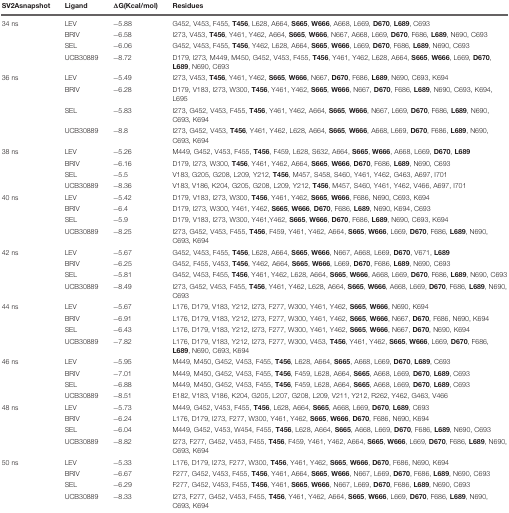
<table><thead><tr><td><b>SV2Asnapshot</b></td><td><b>Ligand</b></td><td><b>ΔG(Kcal/mol)</b></td><td><b>Residues</b></td></tr></thead><tbody><tr><td>34 ns</td><td>LEV</td><td>-5.88</td><td>G452, V453, F455, <b>T456</b>, L628, A664, <b>S665</b>, <b>W666</b>, A668, L669, <b>D670</b>, <b>L689</b>, C693</td></tr><tr><td></td><td>BRIV</td><td>-6.58</td><td>I273, V453, <b>T456</b>, Y461, Y462, A664, <b>S665</b>, <b>W666</b>, N667, A668, L669, <b>D670</b>, F686, <b>L689</b>, N690, C693</td></tr><tr><td></td><td>SEL</td><td>-6.06</td><td>G452, V453, F455, <b>T456</b>, Y462, L628, A664, <b>S665</b>, <b>W666</b>, L669, <b>D670</b>, F686, <b>L689</b>, N690, C693</td></tr><tr><td></td><td>UCB30889</td><td>-8.72</td><td>D179, I273, M449, M450, G452, V453, F455, <b>T456</b>, Y461, Y462, L628, A664, <b>S665</b>, <b>W666</b>, L669, <b>D670</b>, <b>L689</b>, N690, C693</td></tr><tr><td>36 ns</td><td>LEV</td><td>-5.49</td><td>I273, V453, <b>T456</b>, Y461, Y462, <b>S665</b>, <b>W666</b>, N667, <b>D670</b>, F686, <b>L689</b>, N690, C693, K694</td></tr><tr><td></td><td>BRIV</td><td>-6.28</td><td>D179, V183, I273, W300, <b>T456</b>, Y461, Y462, <b>S665</b>, <b>W666</b>, N667, <b>D670</b>, F686, <b>L689</b>, N690, C693, K694, L695</td></tr><tr><td></td><td>SEL</td><td>-5.83</td><td>I273, G452, V453, F455, <b>T456</b>, Y461, Y462, A664, <b>S665</b>, <b>W666</b>, N667, L669, <b>D670</b>, F686, <b>L689</b>, N690, C693, K694</td></tr><tr><td></td><td>UCB30889</td><td>-8.8</td><td>I273, G452, V453, <b>T456</b>, Y461, Y462, L628, A664, <b>S665</b>, <b>W666</b>, A668, L669, <b>D670</b>, F686, <b>L689</b>, N690, C693, K694</td></tr><tr><td>38 ns</td><td>LEV</td><td>-5.26</td><td>M449, G452, V453, F455, <b>T456</b>, F459, L628, S632, A664, <b>S665</b>, <b>W666</b>, A668, L669, <b>D670</b>, <b>L689</b></td></tr><tr><td></td><td>BRIV</td><td>-6.16</td><td>D179, I273, W300, <b>T456</b>, Y461, Y462, A664, <b>S665</b>, <b>W666</b>, <b>D670</b>, F686, <b>L689</b>, N690, C693</td></tr><tr><td></td><td>SEL</td><td>-5.5</td><td>V183, G205, G208, L209, Y212, <b>T456</b>, M457, S458, S460, Y461, Y462, G463, A697, I701</td></tr><tr><td></td><td>UCB30889</td><td>-8.36</td><td>V183, V186, K204, G205, G208, L209, Y212, <b>T456</b>, M457, S460, Y461, Y462, V466, A697, I701</td></tr><tr><td>40 ns</td><td>LEV</td><td>-5.42</td><td>D179, V183, I273, W300, <b>T456</b>, Y461, Y462, <b>S665</b>, <b>W666</b>, F686, N690, C693, K694</td></tr><tr><td></td><td>BRIV</td><td>-6.4</td><td>D179, I273, W300, Y461, Y462, <b>S665</b>, <b>W666</b>, <b>D670</b>, F686, <b>L689</b>, N690, K694, C693</td></tr><tr><td></td><td>SEL</td><td>-5.9</td><td>D179, V183, I273, W300, Y461,Y462, <b>S665</b>, <b>W666</b>, <b>D670</b>, F686, <b>L689</b>, N690, C693, K694</td></tr><tr><td></td><td>UCB30889</td><td>-8.25</td><td>I273, G452, V453, F455, <b>T456</b>, F459, Y461, Y462, A664, <b>S665</b>, <b>W666</b>, L669, <b>D670</b>, F686, <b>L689</b>, N690, C693, K694</td></tr><tr><td>42 ns</td><td>LEV</td><td>-5.67</td><td>G452, V453, F455, <b>T456</b>, L628, A664, <b>S665</b>, <b>W666</b>, N667, A668, L669, <b>D670</b>, V671, <b>L689</b></td></tr><tr><td></td><td>BRIV</td><td>-6.25</td><td>G452, F455, V453, <b>T456</b>, Y462, A664, <b>S665</b>, <b>W666</b>, L669, <b>D670</b>, F686, <b>L689</b>, N690, C693</td></tr><tr><td></td><td>SEL</td><td>-5.81</td><td>G452, V453, F455, <b>T456</b>, Y461, Y462, L628, A664, <b>S665</b>, <b>W666</b>, A668, L669, <b>D670</b>, F686, <b>L689</b>, N690, C693</td></tr><tr><td></td><td>UCB30889</td><td>-8.49</td><td>I273, G452, V453, F455, <b>T456</b>, Y461, Y462, L628, A664, <b>S665</b>, <b>W666</b>, A668, L669, <b>D670</b>, F686, <b>L689</b>, N690, C693</td></tr><tr><td>44 ns</td><td>LEV</td><td>-5.67</td><td>L176, D179, V183, Y212, I273, F277, W300, Y461, Y462, <b>S665</b>, <b>W666</b>, N690, K694</td></tr><tr><td></td><td>BRIV</td><td>-6.91</td><td>L176, D179, V183, Y212, I273, F277, W300, Y461, Y462, <b>S665</b>, <b>W666</b>, N667, <b>D670</b>, F686, N690, K694</td></tr><tr><td></td><td>SEL</td><td>-6.43</td><td>L176, D179, V183, Y212, I273, F277, W300, Y461, Y462, <b>S665</b>, <b>W666</b>, N667, <b>D670</b>, N690, K694</td></tr><tr><td></td><td>UCB30889</td><td>-7.82</td><td>L176, D179, V183, Y212, I273, F277, W300, V453, <b>T456</b>, Y461, Y462, <b>S665</b>, <b>W666</b>, L669, <b>D670</b>, F686, <b>L689</b>, N690, C693, K694</td></tr><tr><td>46 ns</td><td>LEV</td><td>-5.95</td><td>M449, M450, G452, V453, F455, <b>T456</b>, L628, A664, <b>S665</b>, A668, L669, <b>D670</b>, <b>L689</b>, C693</td></tr><tr><td></td><td>BRIV</td><td>-7.01</td><td>M449, M450, G452, V453, F455, <b>T456</b>, F459, L628, A664, <b>S665</b>, A668, L669, <b>D670</b>, <b>L689</b>, C693</td></tr><tr><td></td><td>SEL</td><td>-6.88</td><td>M449, M450, G452, V453, F455, <b>T456</b>, F459, L628, A664, <b>S665</b>, A668, L669, <b>D670</b>, <b>L689</b>, C693</td></tr><tr><td></td><td>UCB30889</td><td>-8.51</td><td>E182, V183, V186, K204, G205, L207, G208, L209, V211, Y212, R262, Y462, G463, V466</td></tr><tr><td>48 ns</td><td>LEV</td><td>-5.73</td><td>M449, G452, V453, F455, <b>T456</b>, L628, A664, <b>S665</b>, A668, L669, <b>D670</b>, <b>L689</b>, C693</td></tr><tr><td></td><td>BRIV</td><td>-6.24</td><td>L176, D179, I273, F277, W300, Y461, Y462, <b>S665</b>, <b>W666</b>, <b>D670</b>, F686, N690, K694</td></tr><tr><td></td><td>SEL</td><td>-6.04</td><td>M449, G452, V453, W454, F455, <b>T456</b>, L628, A664, <b>S665</b>, A668, L669, <b>D670</b>, F686, <b>L689</b>, N690, C693</td></tr><tr><td></td><td>UCB30889</td><td>-8.82</td><td>I273, F277, G452, V453, F455, <b>T456</b>, F459, Y461, Y462, A664, <b>S665</b>, <b>W666</b>, L669, <b>D670</b>, F686, <b>L689</b>, N690, C693, K694</td></tr><tr><td>50 ns</td><td>LEV</td><td>-5.33</td><td>L176, D179, I273, F277, W300, <b>T456</b>, Y461, Y462, <b>S665</b>, <b>W666</b>, <b>D670</b>, F686, N690, K694</td></tr><tr><td></td><td>BRIV</td><td>-6.67</td><td>F277, G452, V453, F455, <b>T456</b>, Y461, A664, <b>S665</b>, <b>W666</b>, N667, L669, <b>D670</b>, F686, <b>L689</b>, N690, C693</td></tr><tr><td></td><td>SEL</td><td>-6.29</td><td>F277, G452, V453, F455, <b>T456</b>, Y461, <b>S665</b>, <b>W666</b>, N667, L669, <b>D670</b>, F686, <b>L689</b>, N690, C693</td></tr><tr><td></td><td>UCB30889</td><td>-8.33</td><td>I273, F277, G452, V453, F455, <b>T456</b>, Y461, Y462, A664, <b>S665</b>, <b>W666</b>, L669, <b>D670</b>, F686, <b>L689</b>, N690, C693, K694</td></tr></tbody></table>